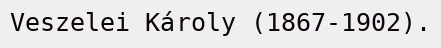
Veszelei Károly (1867-1902).